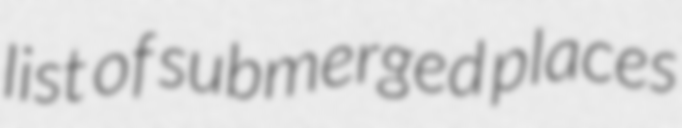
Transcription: list of submerged places